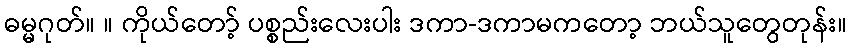
ဓမ္မဂုတ်။ ။ ကိုယ်တော့် ပစ္စည်းလေးပါး ဒကာ-ဒကာမကတော့ ဘယ်သူတွေတုန်း။